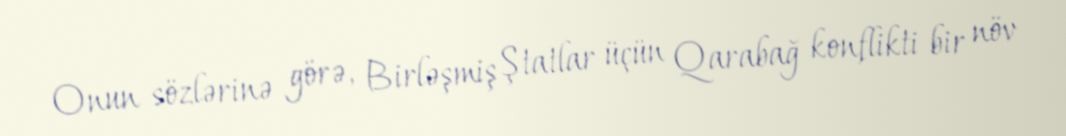
Onun sözlərinə görə, Birləşmiş Ştatlar üçün Qarabağ konflikti bir növ